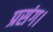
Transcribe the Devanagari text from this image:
प्रसंग।